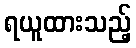
ရယူထားသည့်